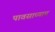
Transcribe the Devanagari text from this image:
पावसाच्याच